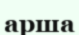
арша